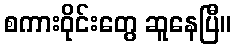
စကားဝိုင်းတွေ ဆူနေပြီ။